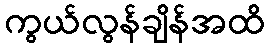
ကွယ်လွန်ချိန်အထိ